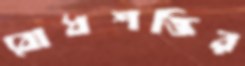
বোধশক্তির